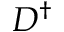
D ^ { \dagger }